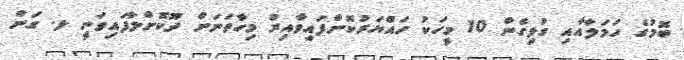
ބޮމުގެ ހަމަލާއާއި ގުޅިގެން 10 މީހަކު ހައްޔަރުކޮށްފައިވާއިރު މިހާތަނަށް ދޫކޮށްލާފައިވަނީ ލ. ގަން